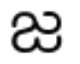
జ